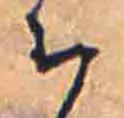
ち